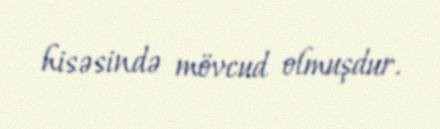
hisəsində mövcud olmuşdur.